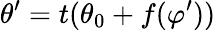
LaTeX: \theta^{\prime}=t(\theta_{0}+f(\varphi^{\prime}))